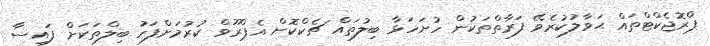
ޕްރޮޖެކްޓްތައް ޙަވާލުކުރެވޭ ފަރާތްތަކުން ހުށަހަޅާ ބިލުތައް ޗެކްކޮށް އެޕްރޫވް ކުރުމަށްފަހު ބިލްތަކަށް ފައިސާ